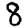
Digit: 8